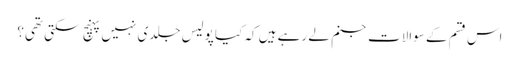
اس قسم کے سوالات جنم لے رہے ہیں کہ کیا پولیس جلدی نہیں پہنچ سکتی تھی؟